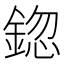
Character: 鍃